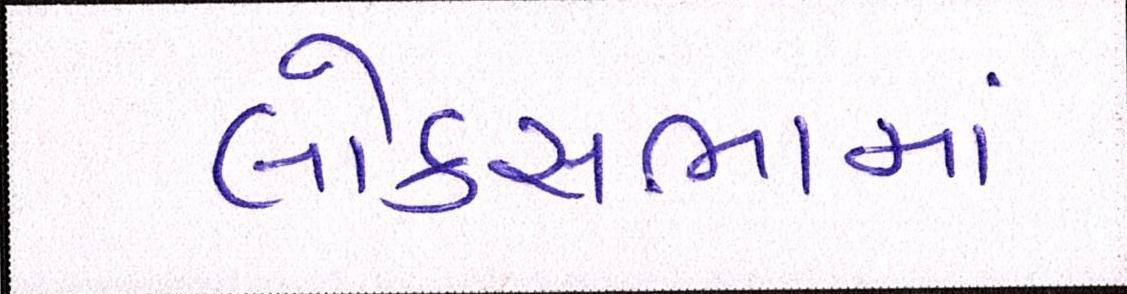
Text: લોકસભામાં